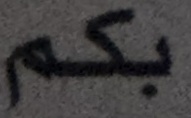
بكم